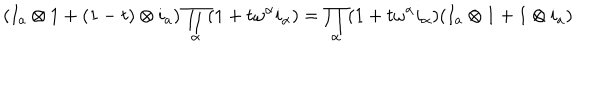
( I _ { a } \otimes 1 + ( 1 - t ) \otimes i _ { a } ) \prod _ { \alpha } ( 1 + t \omega ^ { \alpha } i _ { \alpha } ) = \prod _ { \alpha } ( 1 + t \omega ^ { \alpha } i _ { \alpha } ) ( I _ { a } \otimes 1 + 1 \otimes i _ { a } )